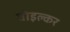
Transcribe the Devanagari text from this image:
वोइल्कर